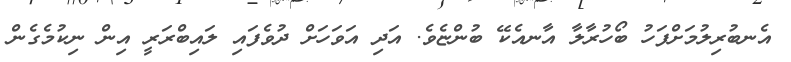
އެނބުރިލުމަށްފަހު ބޯހުރާލާ އާނއެކޭ ބުންޏެވެ. އަދި އަވަހަށް ދުވެފައި ލައިބްރަރީ އިން ނިކުމެގެން